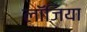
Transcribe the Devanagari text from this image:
लॉजिया